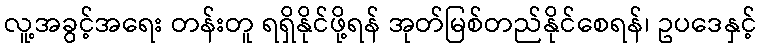
လူ့အခွင့်အရေး တန်းတူ ရရှိနိုင်ဖို့ရန် အုတ်မြစ်တည်နိုင်စေရန်၊ ဥပဒေနှင့်